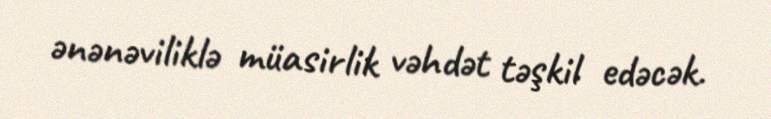
ənənəviliklə müasirlik vəhdət təşkil edəcək.